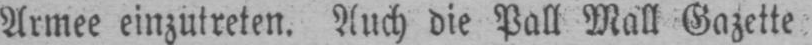
Armee einzutreten. Auch die Pall Mall Gazette